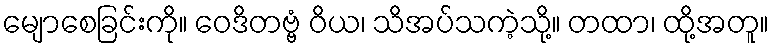
မျောစေခြင်းကို။ ဝေဒိတဗ္ဗံ ဝိယ၊ သိအပ်သကဲ့သို့။ တထာ၊ ထို့အတူ။